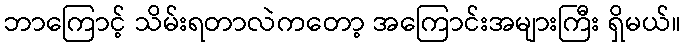
ဘာကြောင့် သိမ်းရတာလဲကတော့ အကြောင်းအများကြီး ရှိမယ်။